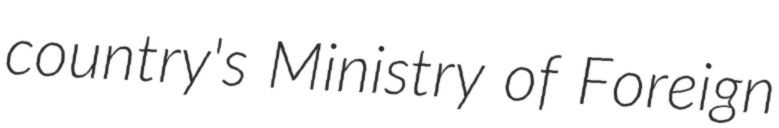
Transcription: country's Ministry of Foreign